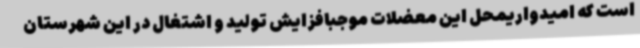
است که امیدواریمحل این معضلات موجبافزایش تولید و اشتغال در این شهرستان